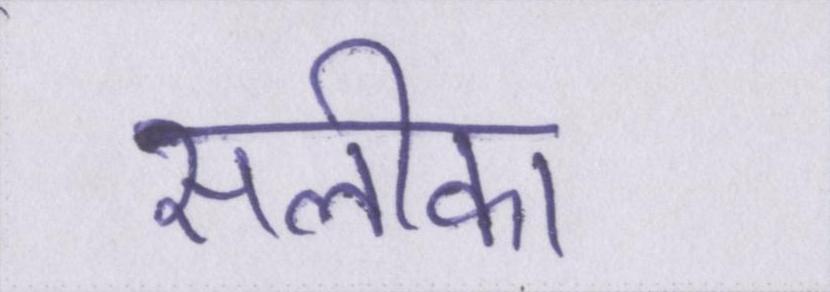
सलीका